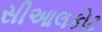
સીઆલકોટ